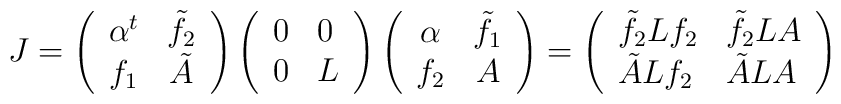
J=\left( \begin{array}{cc}\alpha ^{t} & \tilde{f}_{2} \\ f_{1} & \tilde{A}\end{array}\right) \left( \begin{array}{ll}0 & 0 \\ 0 & L\end{array}\right) \left( \begin{array}{cc}\alpha & \tilde{f}_{1} \\ f_{2} & A\end{array}\right) =\left( \begin{array}{ll}\tilde{f}_{2}Lf_{2} & \tilde{f}_{2}LA \\ \tilde{A}Lf_{2} & \tilde{A}LA\end{array}\right)